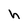
Character: h